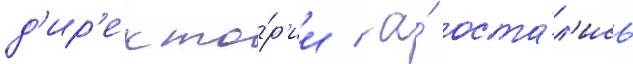
д'ир'екто́р'ии / а́ оста́л'ись